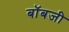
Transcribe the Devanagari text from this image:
बॉबजी